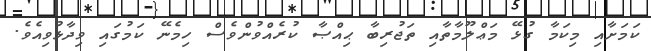
ކަމަށާއި މިކަމާ ގުޅޭ މަޢްލޫމާތާއި ތަޖުރިބާ ޙިއްޞާ ކުރެއްވުންވެސް ހިމެނޭ ކަމުގައި ވިދާޅުވިއެވެ.